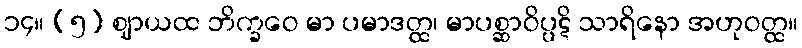
၁၄။ (၅) ဈာယထ ဘိက္ခဝေ မာ ပမာဒတ္ထ၊ မာပစ္ဆာဝိပ္ပဋိ သာရိနော အဟုဝတ္ထ။